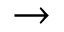
\rightarrow